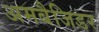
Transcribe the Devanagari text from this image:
अमबैजिडर